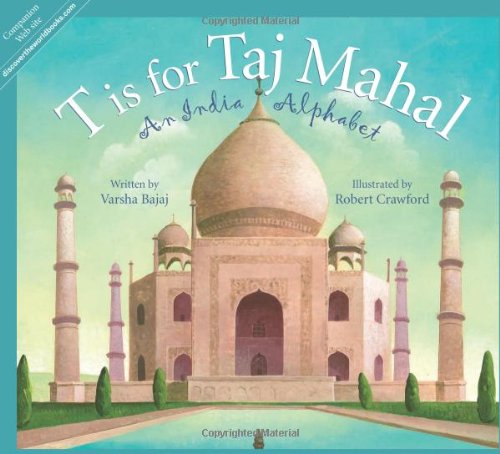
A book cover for T is for Taj Mahal: An India Alphabet (Discover the World); Varsha Bajaj; Children's Books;